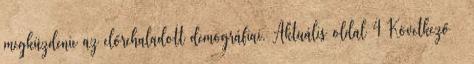
megküzdenie az előrehaladott demográfiai. Aktuális oldal 4 Következő ›